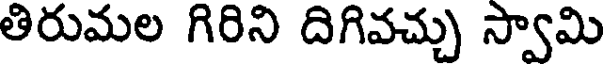
తిరుమల గిరిని దిగివచ్చు స్వామి